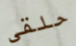
حلقي